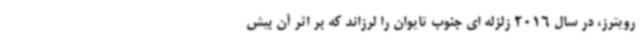
رویترز، در سال 2016 زلزله ای جنوب تایوان را لرزاند که بر اثر آن بیش